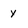
Character: Y